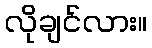
လိုချင်လား။